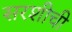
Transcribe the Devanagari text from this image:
सरशीची